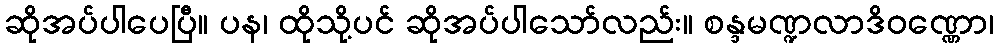
ဆိုအပ်ပါပေပြီ။ ပန၊ ထိုသို့ပင် ဆိုအပ်ပါသော်လည်း။ စန္ဒမဏ္ဍလာဒိဝဏ္ဏော၊